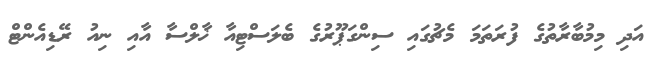
އަދި މިމުބާރާތުގެ ފުރަތަމަ މެޗުގައި ސިންގަޕޫރުގެ ބެލަސްޓިއާ ޚާލްސާ އާއި ނިއު ރޭޑިއެންޓް